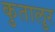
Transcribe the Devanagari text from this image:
कुतालुर